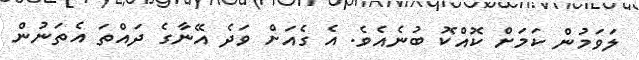
ލަވަމުން ކަަމަށް ކޮއްކޮ ބުނެއެވެ. އެ ގެއަށް ވަދެ އޭނާގެ ދައްތަ އެތަނުން